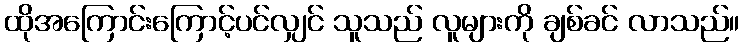
ထိုအကြောင်းကြောင့်ပင်လျှင် သူသည် လူများကို ချစ်ခင် လာသည်။